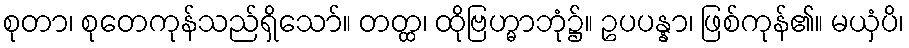
စုတာ၊ စုတေကုန်သည်ရှိသော်။ တတ္ထ၊ ထိုဗြဟ္မာဘုံ၌။ ဥပပန္နာ၊ ဖြစ်ကုန်၏။ မယှံပိ၊